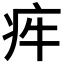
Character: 𤵃